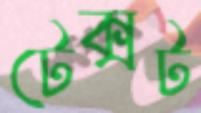
টেক্সট